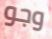
وجو